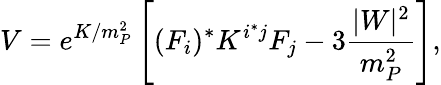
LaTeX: V=e^{K/m_{P}^{2}}\left[(F_{i})^{*}K^{i^{*}j}F_{j}-3\frac{\vert W\vert^{2}}{m_{P}^{2}}\right],